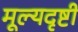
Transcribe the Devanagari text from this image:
मूल्यदृष्टी